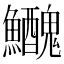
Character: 𩽤